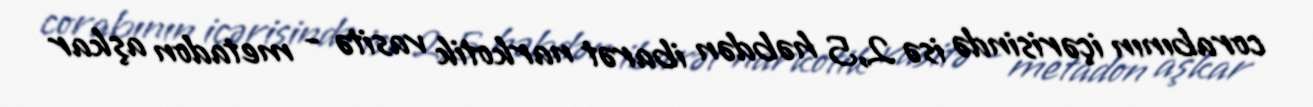
corabının içərisində isə 2,5 həbdən ibarət narkotik vasitə - metadon aşkar